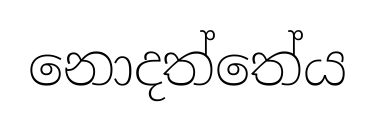
නොදත්තේය